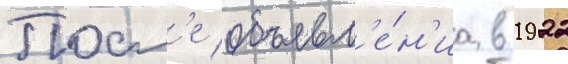
Посл'е объявл'е́н'иа в 1922